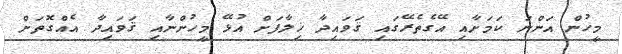
މީހުން އަންނަ ކަމަށާއި އޭގެތެރޭގައި ޤަވައިދާ ޚިލާފަށް އުޅޭ މީހުންނާއި ޤަވައިދާ އެއްގޮތަށް